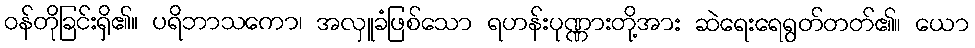
ဝန်တိုခြင်းရှိ၏။ ပရိဘာသကော၊ အလှူခံဖြစ်သော ရဟန်းပုဏ္ဏားတို့အား ဆဲရေးရေရွတ်တတ်၏။ ယော